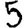
Digit: 5